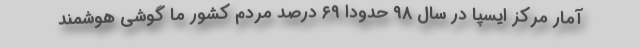
آمار مرکز ایسپا در سال ۹۸ حدودا ۶۹ درصد مردم کشور ما گوشی هوشمند